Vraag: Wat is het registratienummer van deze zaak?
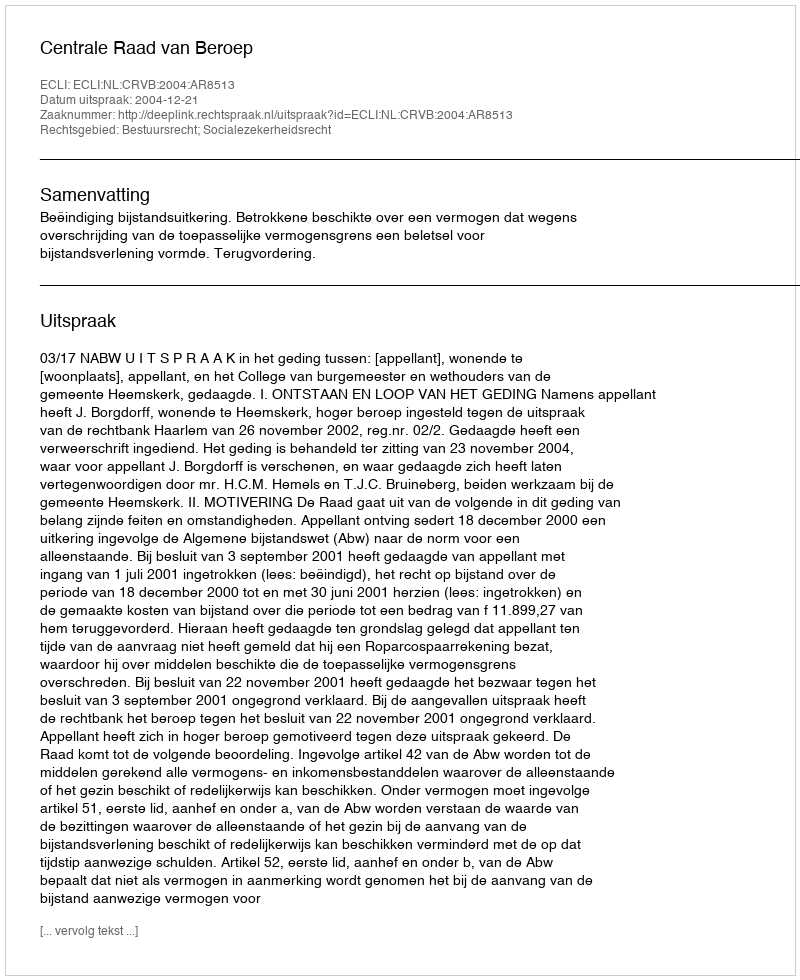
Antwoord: http://deeplink.rechtspraak.nl/uitspraak?id=ECLI:NL:CRVB:2004:AR8513